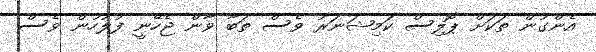
އެންގުން ތަކަށް ޕޮލިސް ކަމިޝަނަރު ވެސް ތަބާ ވާން ޖެހޭނީ ފުލުހުން ވެސް